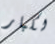
لكبار